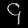
Digit: ၄